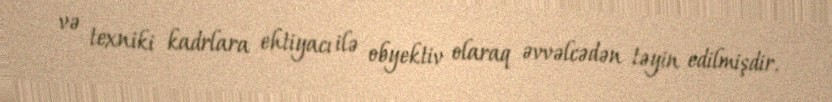
və texniki kadrlara ehtiyacı ilə obyektiv olaraq əvvəlcədən təyin edilmişdir.